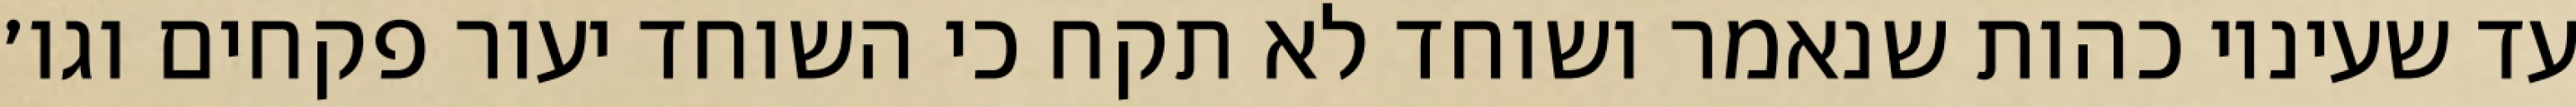
עד שעיניו כהות שנאמר ושוחד לא תקח כי השוחד יעור פקחים וגו׳